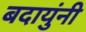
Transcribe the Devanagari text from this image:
बदायुंनी